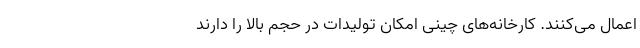
اعمال می‌کنند. کارخانه‌های چینی امکان تولیدات در حجم بالا را دارند